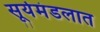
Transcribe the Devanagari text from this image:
सूर्यमंडलात